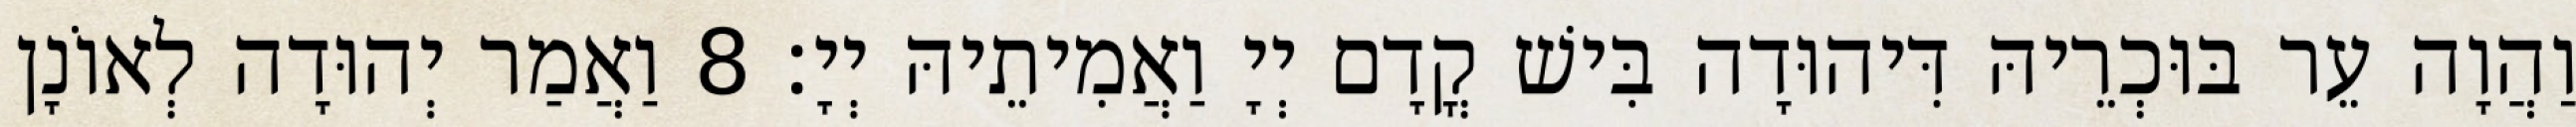
וַהֲוָה עֵר בּוּכְרֵיהּ דִּיהוּדָה בִּישׁ קֳדָם יְיָ וַאֲמִיתֵיהּ יְיָ׃ 8 וַאֲמַר יְהוּדָה לְאוֹנָן